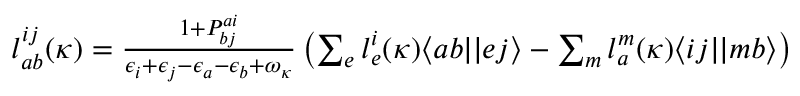
\begin{array} { r } { l _ { a b } ^ { i j } ( \kappa ) = \frac { 1 + P _ { b j } ^ { a i } } { \epsilon _ { i } + \epsilon _ { j } - \epsilon _ { a } - \epsilon _ { b } + \omega _ { \kappa } } \left( \sum _ { e } l _ { e } ^ { i } ( \kappa ) \langle a b | | e j \rangle - \sum _ { m } l _ { a } ^ { m } ( \kappa ) \langle i j | | m b \rangle \right) } \end{array}